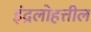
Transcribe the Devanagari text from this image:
इंद्रलोहत्तील